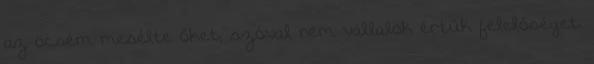
az öcsém mesélte őket, szóval nem vállalok értük felelőséget.